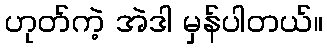
ဟုတ်ကဲ့ အဲဒါ မှန်ပါတယ်။